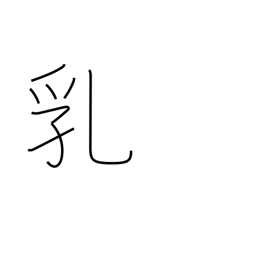
Meaning: breasts